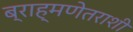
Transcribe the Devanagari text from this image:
ब्राह्मणेतराशी